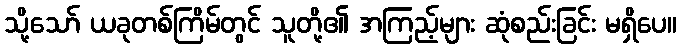
သို့သော် ယခုတစ်ကြိမ်တွင် သူတို့၏ အကြည့်များ ဆုံစည်းခြင်း မရှိပေ။